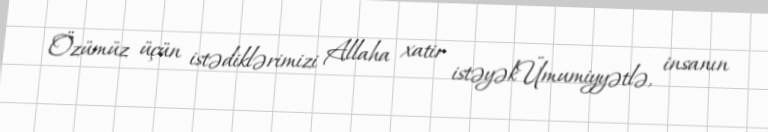
Özümüz üçün istədiklərimizi Allaha xatir istəyəkÜmumiyyətlə, insanın